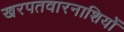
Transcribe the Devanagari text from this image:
खरपतवारनाशियों